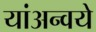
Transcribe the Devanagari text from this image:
यांअन्वये